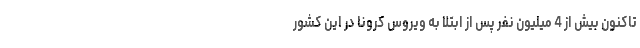
تاکنون بیش از 4 میلیون نفر پس از ابتلا به ویروس کرونا در این کشور